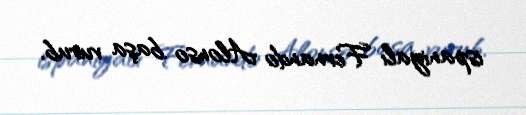
ispaniyalı Fernando Alonso başa vurub.